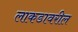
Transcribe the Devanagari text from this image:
लाकडावरील